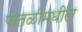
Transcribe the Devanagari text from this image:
पातळींमधील